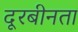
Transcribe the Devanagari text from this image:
दूरबीनता